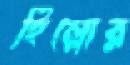
হিল্লোর